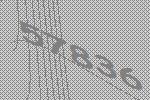
57836